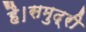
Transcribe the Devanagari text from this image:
है।समुद्री